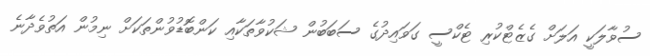
ސުވާލަކީ އަލަށް ގެޒެޓްކުރި ޓެކްސީ ގަވައިދުގެ ސަބަބުން ޝަކުވާތަކާއި ކަންބޮޑުވުންތަކަށް ނިމުން އަތުވެދާނެ